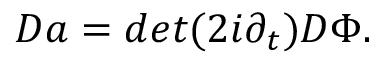
D a = d e t ( 2 i \partial _ { t } ) D \Phi .